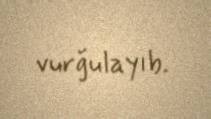
vurğulayıb.